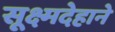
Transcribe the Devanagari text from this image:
सूक्ष्मदेहाने